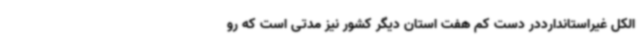
الکل غیراستاندارددر دست کم هفت استان دیگر کشور نیز مدتی است که رو